Indian journal of veterinary science and animal husbandry - Volume 6,
Year: 1936
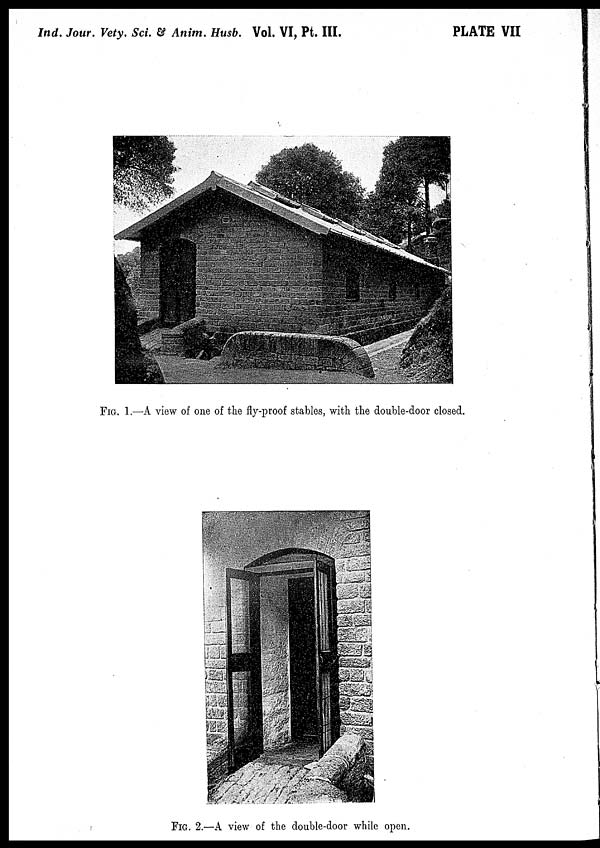
Ind. Jour. Vety. Sci. & Anim. Husb. Vol. VI, Pt. III.
PLATE VII
FIG. 1. —A view of one of the fly-proof stables, with the double-door closed.
FIG. 2.—A view of the double-door while open.